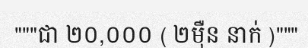
"""ជា ២០,០០០ ( ២ម៉ឺន នាក់ )"""